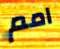
امم